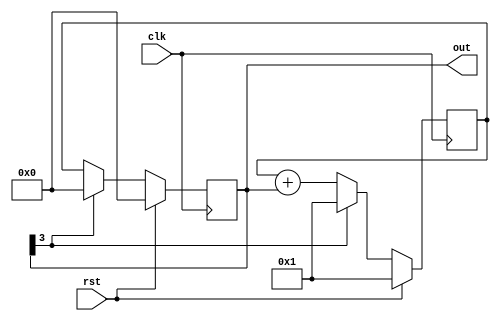

module fibC (input clk, rst,
            output [3:0] out);
  
  // Registers to store the current and previous values of the fibonacci counter
  reg [3:0] RegA, RegB, RegC;
  
  always @ (posedge clk) begin
    if (rst) begin
      RegA <= 4'h1;	// Start RegA with the second value of fibonacci series - '1'
      RegB <= 4'h0;	// Start RegB with the first value of fibonacci series - '0'
      RegC <= 4'h0; // Reset RegC to '0'
    end
    else begin
      RegA <= RegB[3] ? 4'h1 : RegA + RegB; // if RegB == 8, reset RegA
      RegB <= RegB[3] ? 4'h0 : RegA;	// if RegB == 8, reset RegB
      RegC <= RegB;	// RegC is a synchronization register
    end
  end
  
  // Only one of the following two lines should be uncommented
  
  assign out = RegB;	// To ignore the '0' at the startup after reset, uncomment this line
  //assign out = RegC;	// To start with a '0' at startup after reset, uncomment this line
  
endmodule